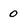
Character: 0